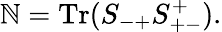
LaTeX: \mathbb{N}=\mathrm{{Tr}}(S_{-+}S_{+-}^{+}).